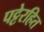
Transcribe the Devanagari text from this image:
पट्टेरहित